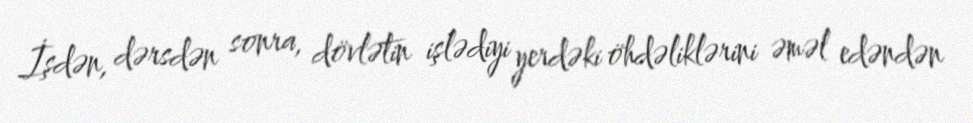
İşdən, dərsdən sonra, dövlətin işlədiyi yerdəki öhdəliklərini əməl edəndən